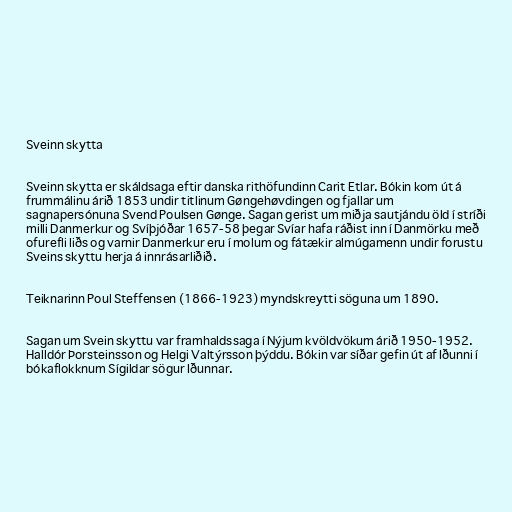
Sveinn skytta

Sveinn skytta er skáldsaga eftir danska rithöfundinn Carit Etlar. Bókin kom út á
frummálinu árið 1853 undir titlinum Gøngehøvdingen og fjallar um
sagnapersónuna Svend Poulsen Gønge. Sagan gerist um miðja sautjándu öld í stríði
milli Danmerkur og Svíþjóðar 1657-58 þegar Svíar hafa ráðist inn í Danmörku með
ofurefli liðs og varnir Danmerkur eru í molum og fátækir almúgamenn undir forustu
Sveins skyttu herja á innrásarliðið.

Teiknarinn Poul Steffensen (1866-1923) myndskreytti söguna um 1890.

Sagan um Svein skyttu var framhaldssaga í Nýjum kvöldvökum árið 1950-1952.
Halldór Þorsteinsson og Helgi Valtýrsson þýddu. Bókin var síðar gefin út af Iðunni í
bókaflokknum Sígildar sögur Iðunnar.